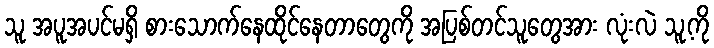
သူ အပူအပင်မရှိ စားသောက်နေထိုင်နေတာတွေကို အပြစ်တင်သူတွေအား လုံးလဲ သူ့ကို